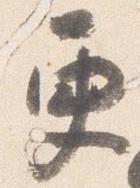
更